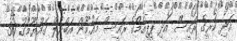
އަދި ކުރީގެ ރައީސް އަދި ޕީޕީއެމްގެ ރައީސް މައުމޫން އަބްދުލް ގައްޔޫމުގު 30